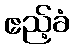
ဧည့်ခံ